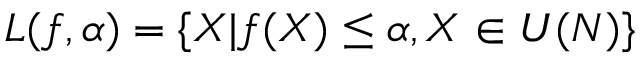
L ( f , \alpha ) = \{ X | f ( X ) \leq \alpha , X \in U ( N ) \}